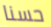
حسنا